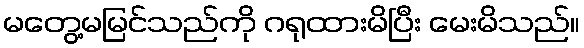
မတွေ့မမြင်သည်ကို ဂရုထားမိပြီး မေးမိသည်။